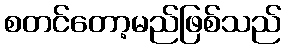
စတင်တော့မည်ဖြစ်သည်